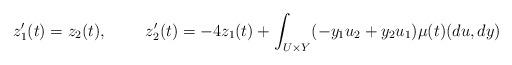
LaTeX: \begin{align*}z_1'(t)=z_2(t), \ \ \ \ \ \ \ z_2'(t)= - 4z_1(t) + \int_{U\times Y}(-y_1u_2+y_2u_1)\mu(t)(du,dy)\end{align*}